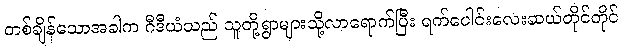
တစ်ချိန်သောအခါက ဂီဒီယံသည် သူတို့ရွာများသို့လာရောက်ပြီး ရက်ပေါင်းလေးဆယ်တိုင်တိုင်